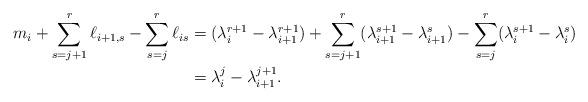
LaTeX: \begin{align*}m_i + \sum_{s=j+1}^r \ell_{i+1,s} - \sum_{s=j}^r \ell_{is} &=(\lambda_i^{r+1}-\lambda_{i+1}^{r+1}) + \sum_{s=j+1}^r (\lambda_{i+1}^{s+1} - \lambda_{i+1}^s) -\sum_{s=j}^r (\lambda_{i}^{s+1} - \lambda_{i}^s)\\ &= \lambda_i^{j} - \lambda_{i+1}^{j+1}. \end{align*}